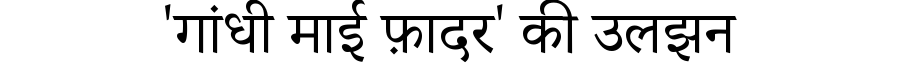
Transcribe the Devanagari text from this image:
'गांधी माई फ़ादर' की उलझन